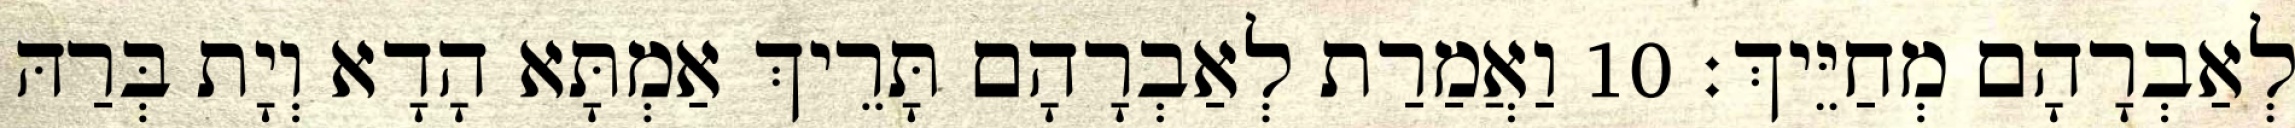
לְאַבְרָהָם מְחַיֵּיךְ׃ 10 וַאֲמַרַת לְאַבְרָהָם תָּרֵיךְ אַמְתָּא הָדָא וְיָת בְּרַהּ